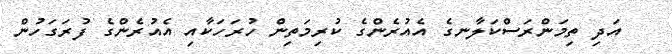
އަދި ތިމަންރަސްކަލާނގެ އެއުރެންގެ ކުރިމަތިން ހުރަހަކާއި އެއުރެންގެ ފުރަގަހުން